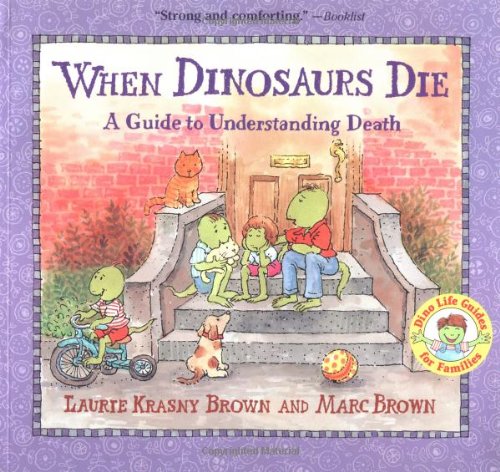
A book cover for When Dinosaurs Die: A Guide to Understanding Death (Dino Life Guides for Families); Laurie Krasny Brown; Self-Help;